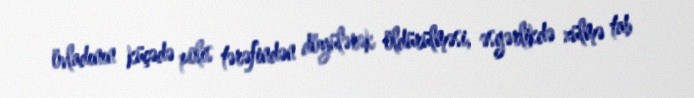
övladının küçədə polis tərəfindən döyülərək öldürülməsi, əsgərlikdə zülmə tab